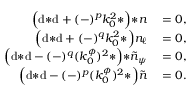
\begin{array} { r l } { \Big ( \mathrm { d } { * \mathrm { d } } + ( - ) ^ { p } k _ { 0 } ^ { 2 } { * } \Big ) { * n } } & { { } = 0 , } \\ { \Big ( \mathrm { d } { * \mathrm { d } } + ( - ) ^ { q } k _ { 0 } ^ { 2 } { * } \Big ) n _ { \ell } } & { { } = 0 , } \\ { \Big ( \mathrm { d } { * \mathrm { d } } - ( - ) ^ { q } ( k _ { 0 } ^ { \phi } ) ^ { 2 } { * } \Big ) { * \tilde { n } _ { \psi } } } & { { } = 0 , } \\ { \Big ( \mathrm { d } { * \mathrm { d } } - ( - ) ^ { p } ( k _ { 0 } ^ { \phi } ) ^ { 2 } { * } \Big ) \tilde { n } } & { { } = 0 . } \end{array}